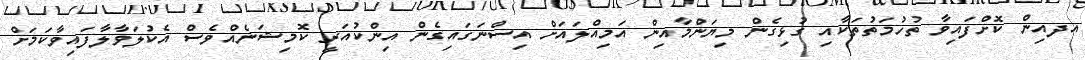
އދއިން ކޮށްފައިވާ ތުހުމަތުތަކާއި ގުޅިގެން މިޔަންމާއިން އަމިއްލައަށް އިސްނަގައިގެން އިންކުއަރީ ކޮމިޝަނެއްވެސް އެކުލަވާލާފައިވާކަމަށް